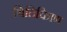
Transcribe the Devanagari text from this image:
भितिचित्रण